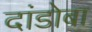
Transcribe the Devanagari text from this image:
दांडोबा